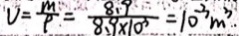
V = \frac { m } { P } = \frac { 8 . 9 } { 8 . 9 \times 1 0 ^ { 3 } } = 1 0 ^ { - 3 } m ^ { 3 } .